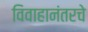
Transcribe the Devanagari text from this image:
विवाहानंतरचे